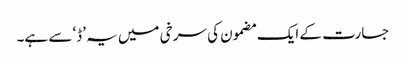
جسارت کے ایک مضمون کی سرخی میں یہ ’ڈ‘ سے ہے۔